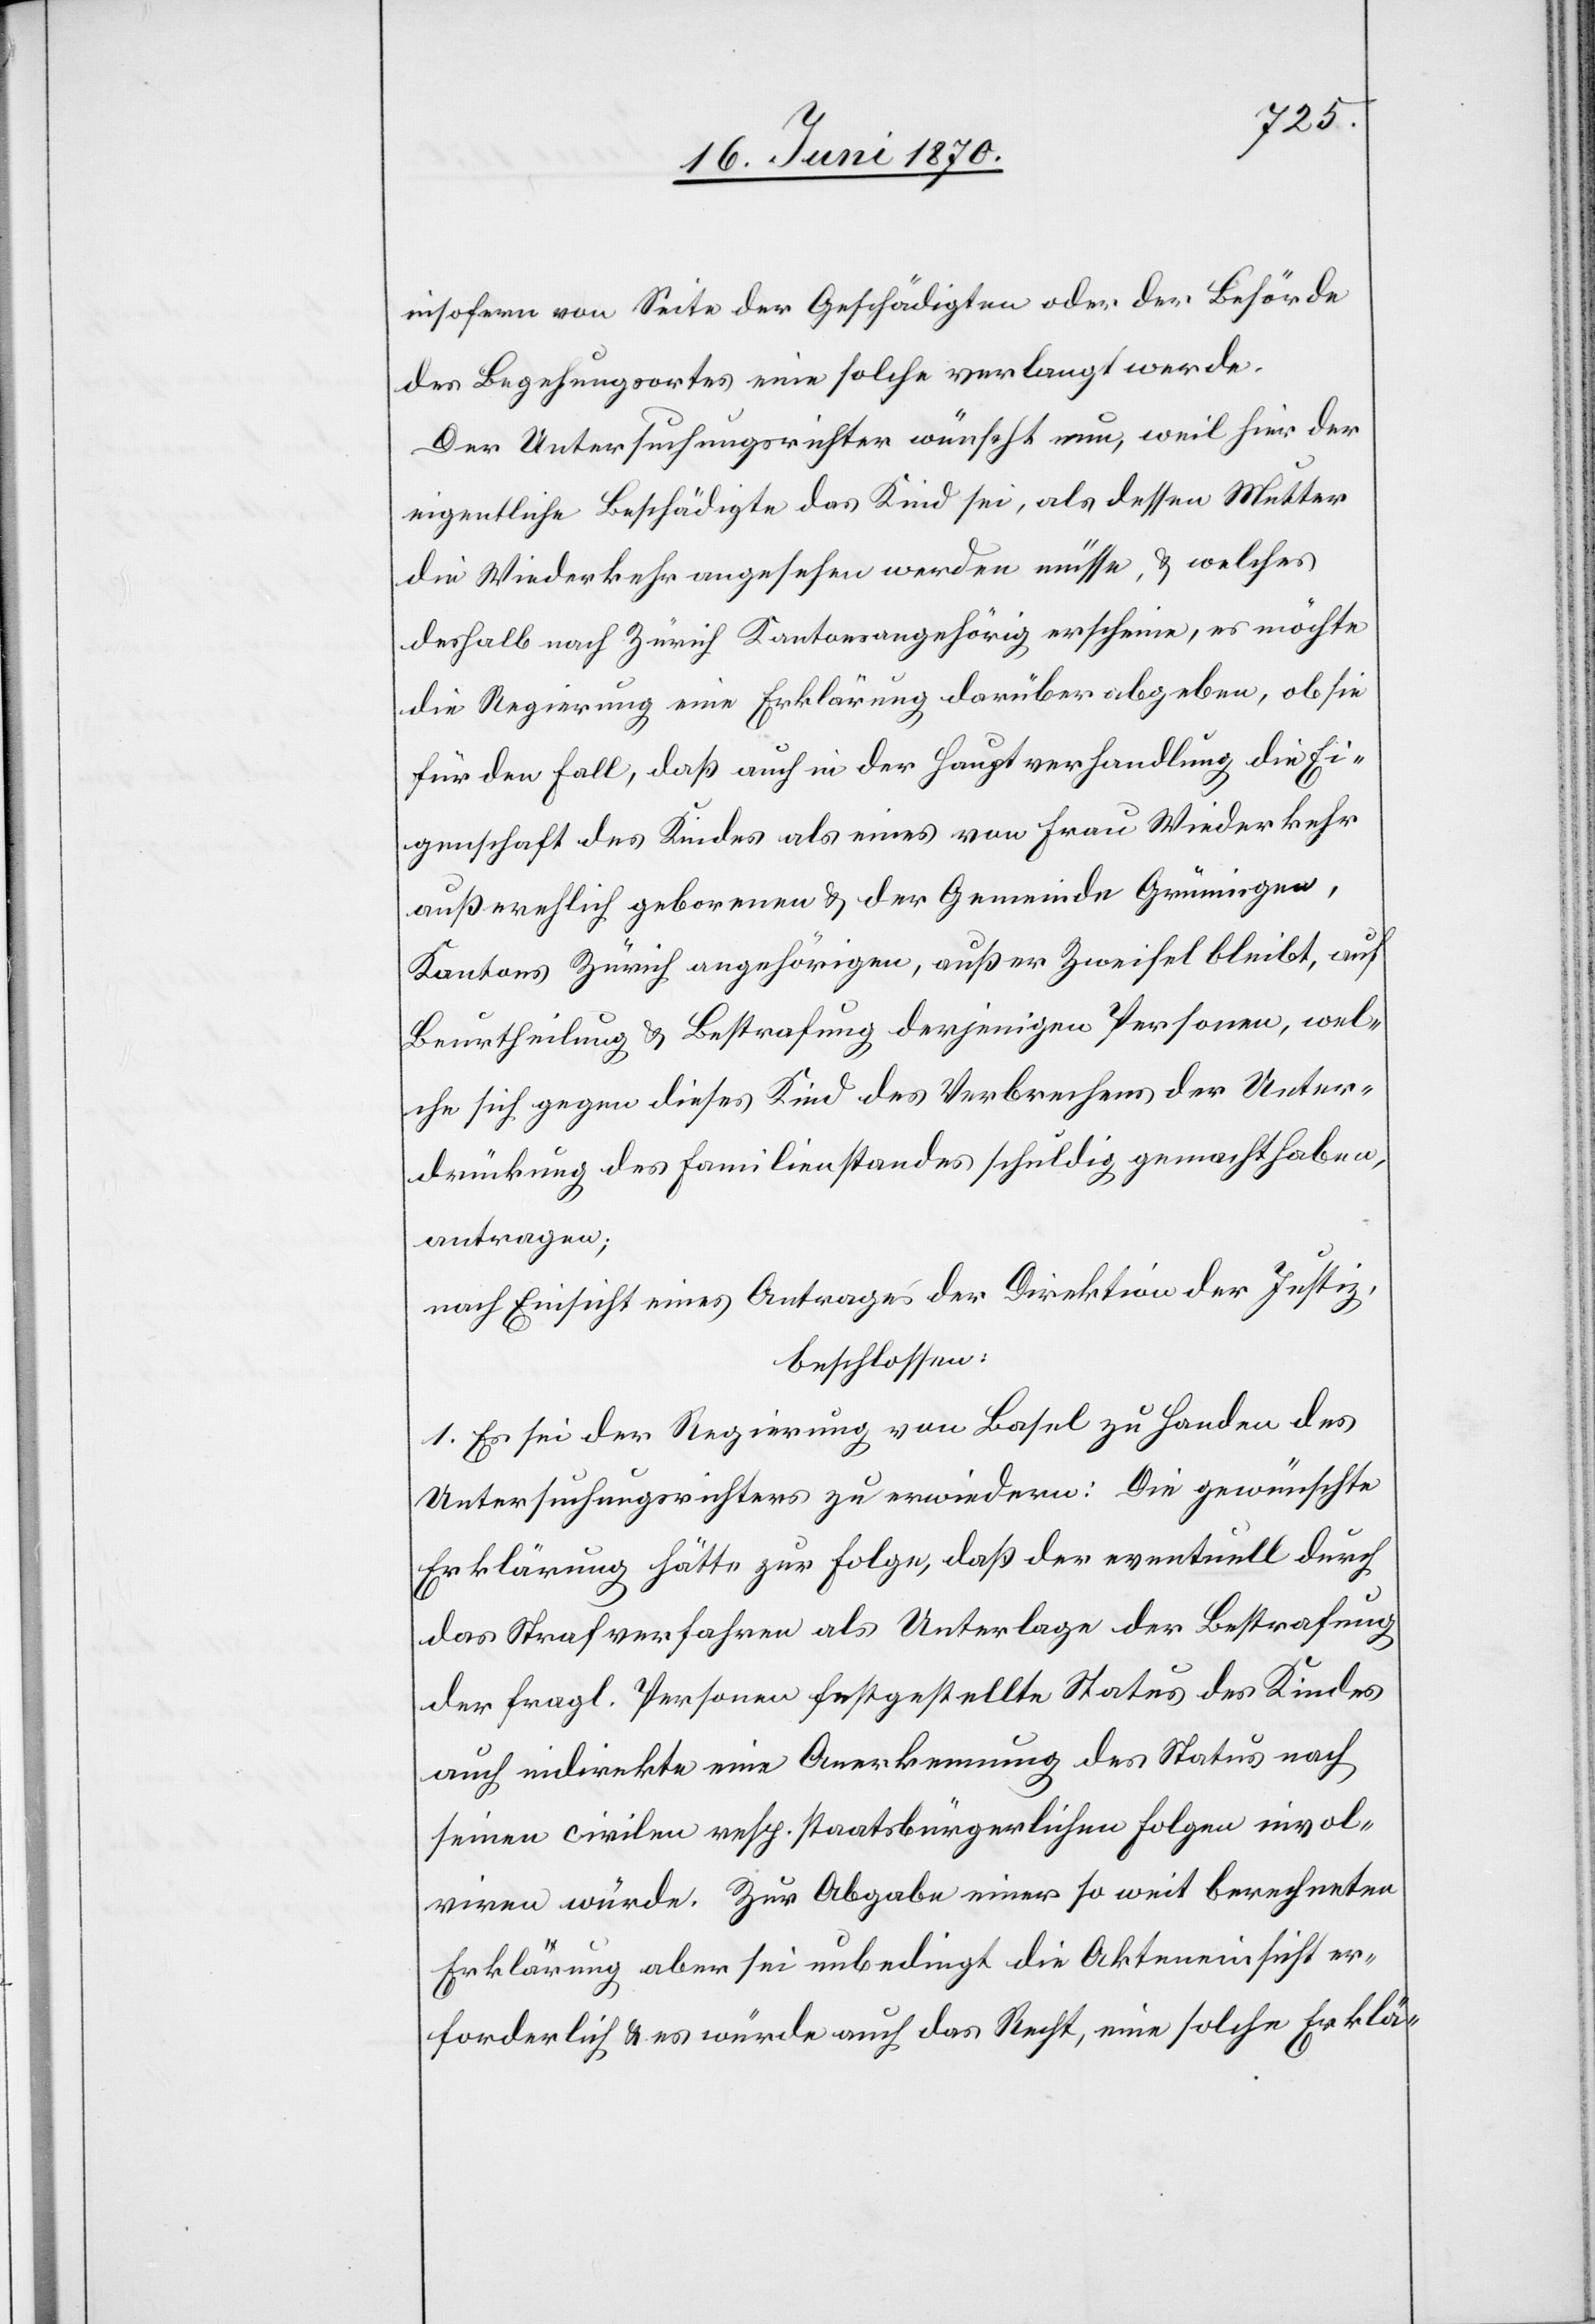
insofern von Seite der Geschädigten oder der Behörde
des Begehungsortes eine solche verlangt werde.
Der Untersuchungsrichter wünscht nun, weil hier der
eigentliche Beschädigte das Kind sei, als dessen Mutter
die Wiederkehr angesehen werden müsse, & welches
deshalb nach Zürich kantonsangehörig erscheine, es möchte
die Regierung eine Erklärung darüber abgeben, ob sie
für den Fall, daß auch in der Hauptverhandlung die Ei¬
genschaft des Kindes als eines von Frau Wiederkehr
außerehelich gebornen & der Gemeinde Grüningen,
Kantons Zürich angehörigen, außer Zweifel bleibt, auf
Beurtheilung & Bestrafung derjenigen Personen, wel¬
che sich gegen dieses Kind des Verbrechens der Unter¬
drückung des Familienstandes schuldig gemacht haben,
antragen;
nach Einsicht eines Antrages der Direktion der Justiz,
beschlossen:
1. Es sei der Regierung von Basel zu Handen des
Untersuchungsrichters zu erwiedern: Die gewünschte
Erklärung hätte zur Folge, daß der eventuell durch
das Strafverfahren als Unterlage der Bestrafung
der fragl. Personen festgestellte Status des Kindes
auch indirekt eine Anerkennung des Status nach
seinen civilen resp. staatsbürgerlichen Folgen invol¬
viren würde. Zur Abgabe einer so weit berechneten
Erklärung aber sei unbedingt die Akteneinsicht er¬
forderlich & es würde auch das Recht, eine solche Erklä-